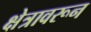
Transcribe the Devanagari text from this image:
क्षेत्रावरून